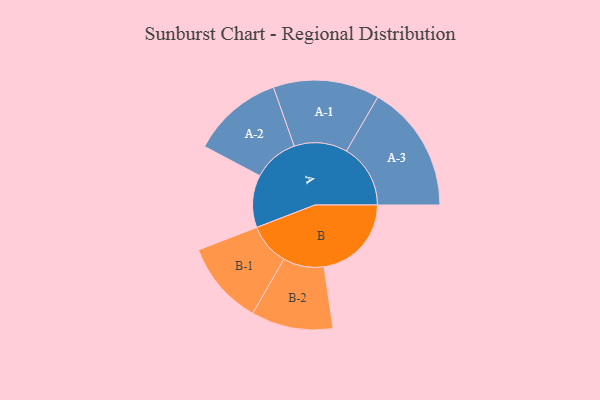
{"axis": {"x": "Segment", "y": "Value"}, "legend": ["", "A", "B"], "data": [{"x": "A", "y": 222, "type": ""}, {"x": "B", "y": 370, "type": ""}, {"x": "A-1", "y": 225, "type": "A"}, {"x": "A-2", "y": 193, "type": "A"}, {"x": "A-3", "y": 271, "type": "A"}, {"x": "B-1", "y": 177, "type": "B"}, {"x": "B-2", "y": 173, "type": "B"}]}